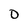
Character: D